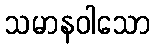
သမာနဝါသော